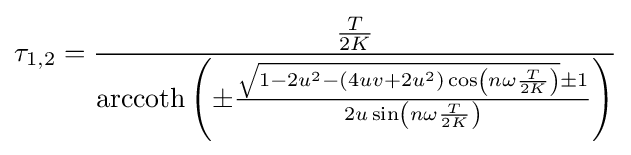
{{\tau }_{1,2}}={\frac {\frac {T}{2K}}{\operatorname {arccoth} \left(\pm {\frac {{\sqrt {1-2{{u}^{2}}-\left(4uv+2{{u}^{2}}\right)\cos \left(n\omega {\frac {T}{2K}}\right)}}\pm 1}{2u\sin \left(n\omega {\frac {T}{2K}}\right)}}\right)}}